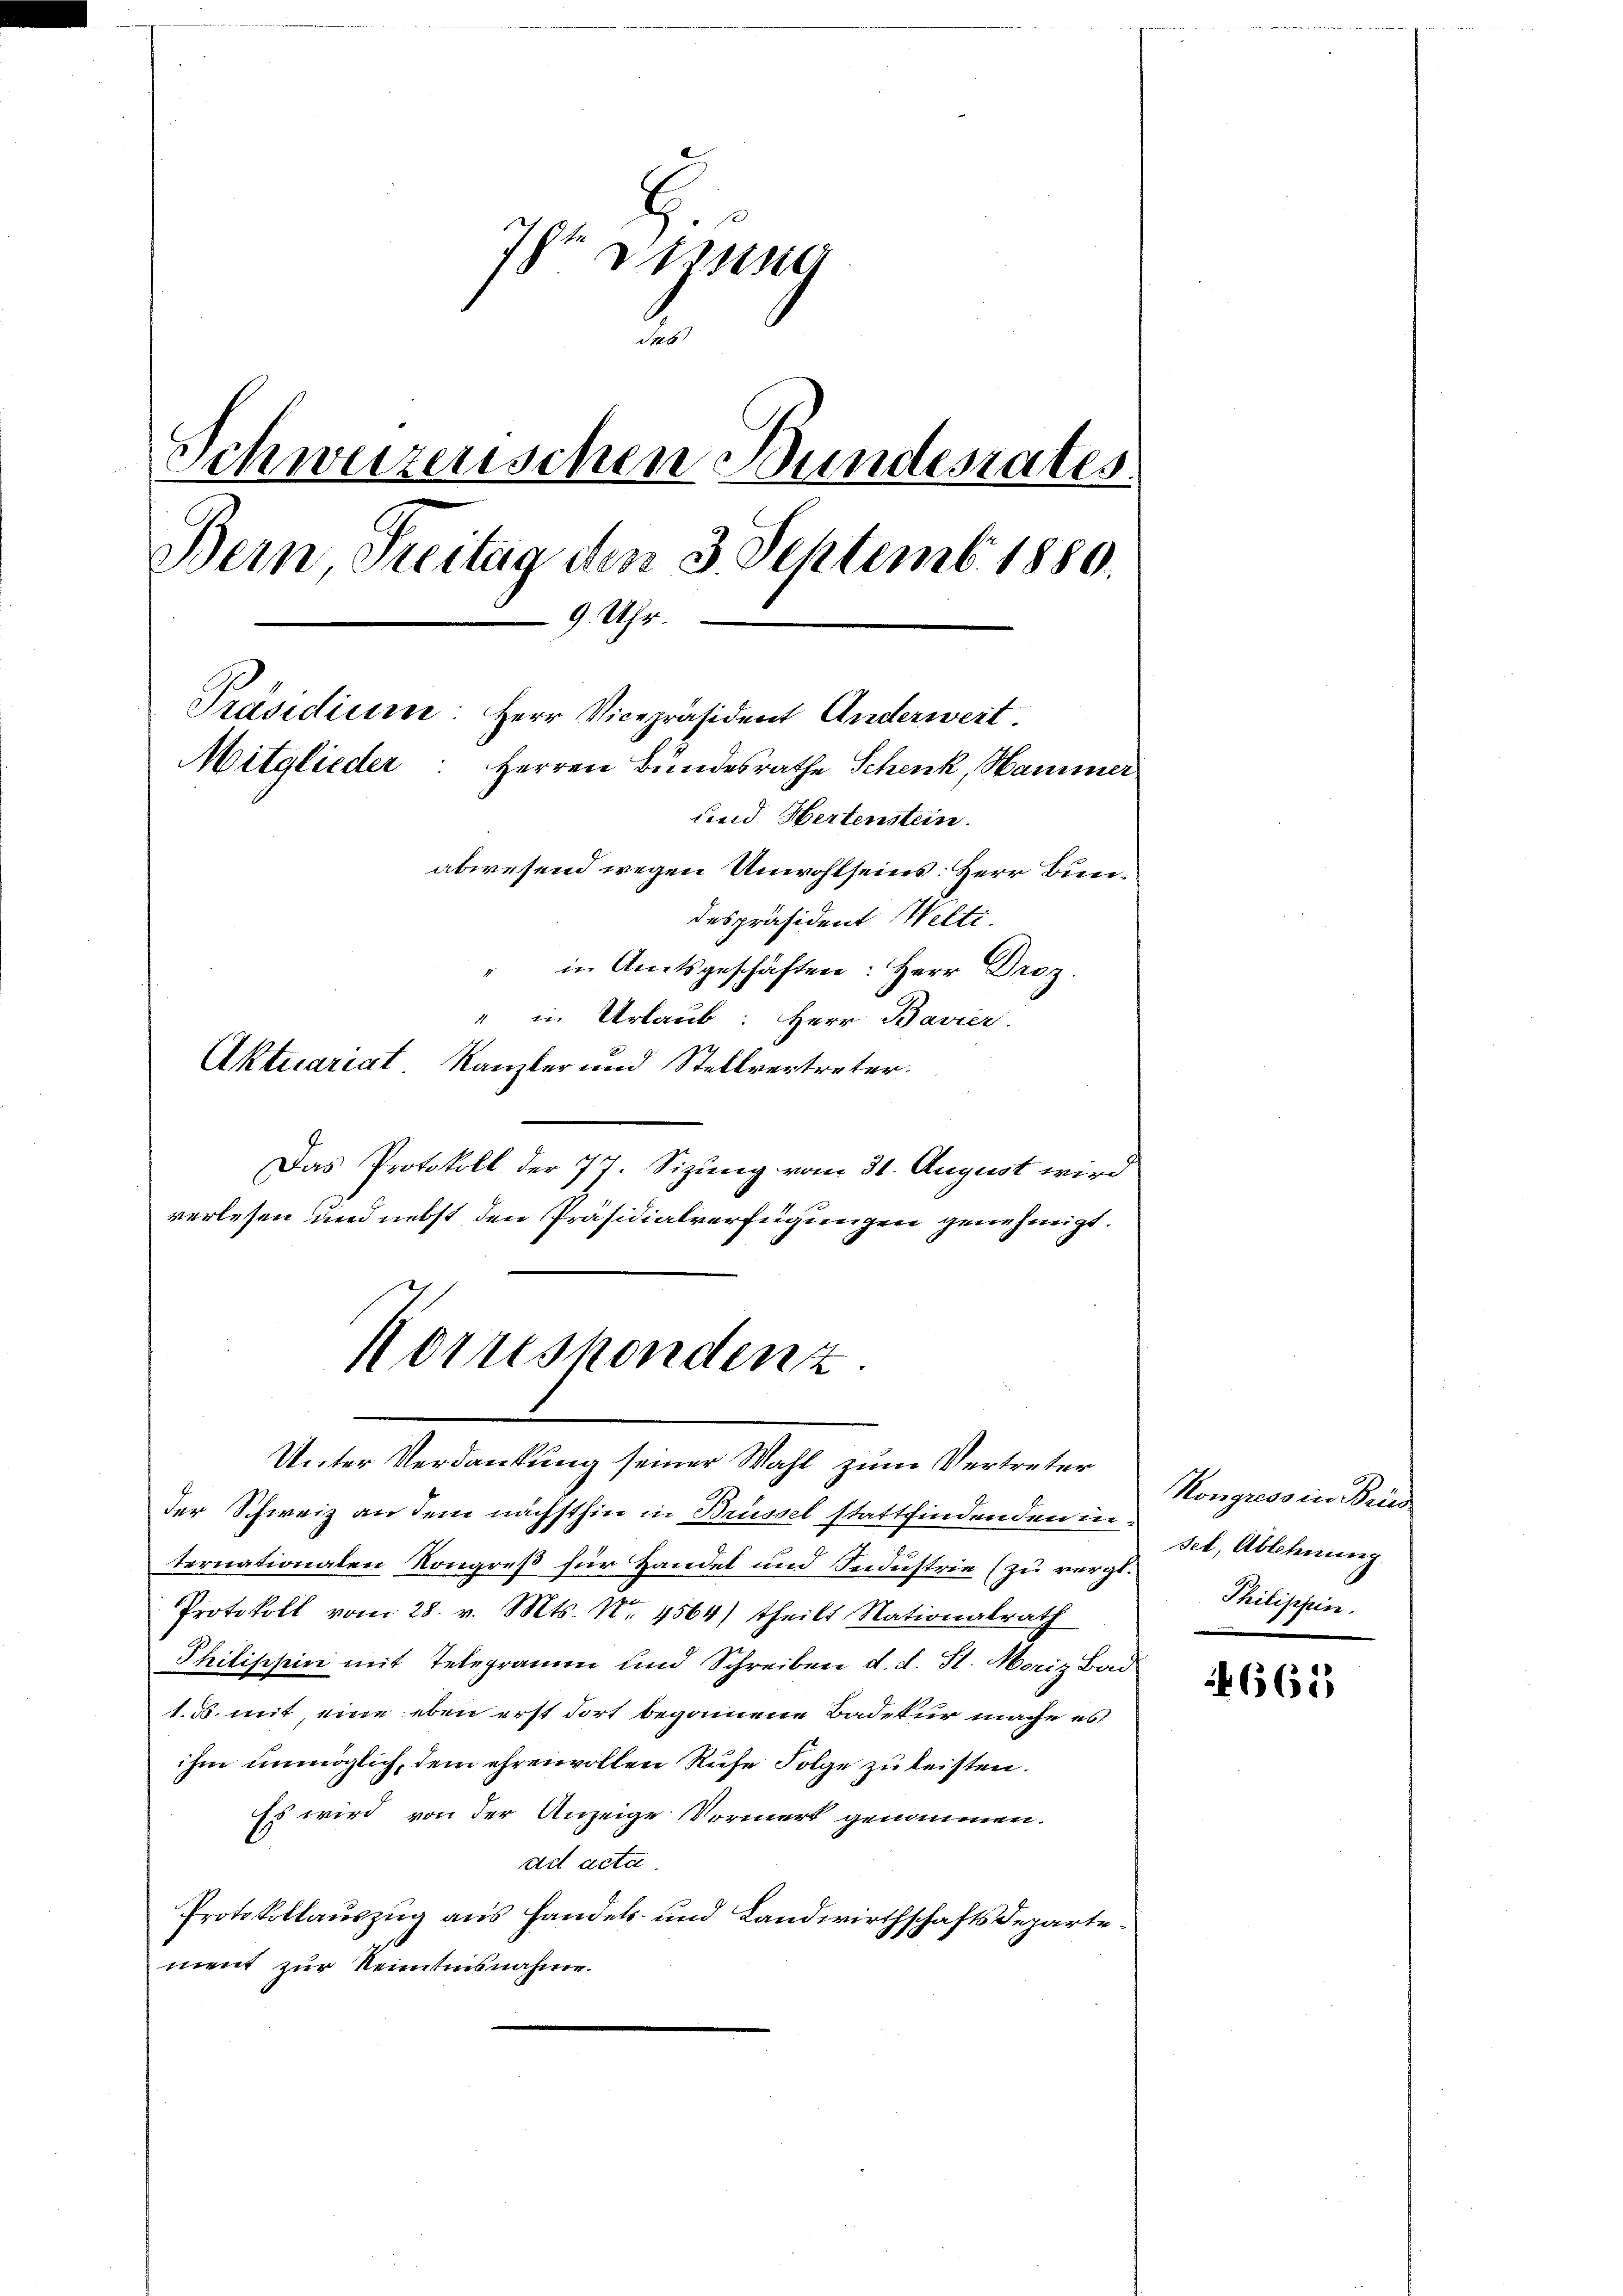
Ih Disse
.
Schweizerischen Bundesrates
Bern Freitag den 3. Septemb. 1880.
9. Uhr.
Präsidium: Herr Vicepräsident Anderwert.
Mitglieder: Herren Bundesrathe Schenk, Hammer
sind Hertenstein.
abwesend wegen Unwohlseins: Herr Bundespräsident Welti.
" in Amtsgeschäften: Herr Droz.
" in Urlaub: Herr Bavier

Aktuariat Kanzler und Stellvertreter.
Das Protokoll der 77. Sizung vom 31. August wird
verlesen und nebst den Präsidialverfügungen genehmigt.

Korrespondent

Unter Verdankung seiner Wahl zum Vertreter
der Schweiz an dem nächsthin in Brüssel stattfindenden in
ternationalen Kongreß für Handel und Sedustrie (zu vergl.
Protokoll vom 28. v. Mts. No. 4564) theilt Nationalrath
Philischein mit Telegramm und Schreiben d. d. St. Moriz Bad
1. ds. mit eine eben erst dort begonnene Badetur mache es
ihm unmöglich, dem ehrenvollen Rufe Folge zu leisten.
Es wird von der Anzeige Vormerk genommen.
ad acta
Protokollauszug aus Handels- und Landwirthschaftsdepartement zur Kenntnisnahme.

Kongress in Bris
set, Ablehnung
Milischen.

665